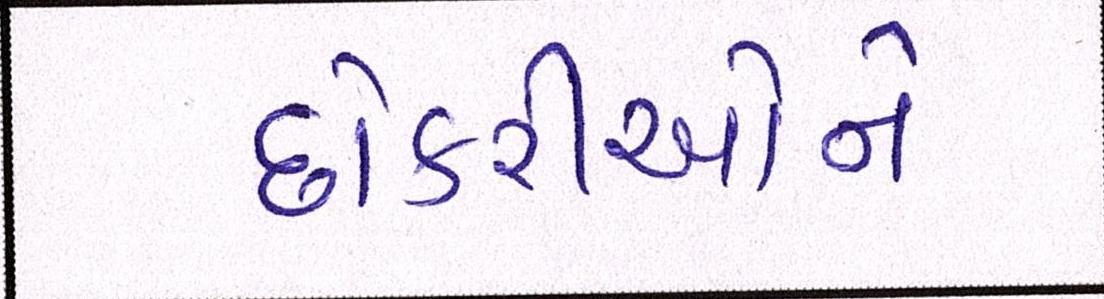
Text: છોકરીઓને